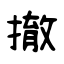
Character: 撤